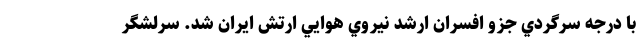
با درجه سرگردي جزو افسران ارشد نيروي هوايي ارتش ايران شد. سرلشگر